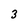
Character: 3